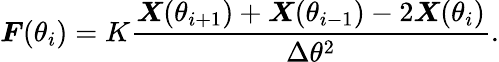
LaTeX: \boldsymbol F(\theta_{i})=K\frac{\boldsymbol X(\theta_{i+1})+\boldsymbol X(\theta_{i-1})-2\boldsymbol X(\theta_{i})}{\Delta\theta^{2}}.